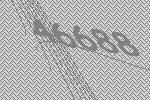
46688